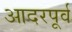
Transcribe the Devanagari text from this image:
आदरपूर्व